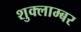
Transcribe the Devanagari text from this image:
शुक्लाम्बर